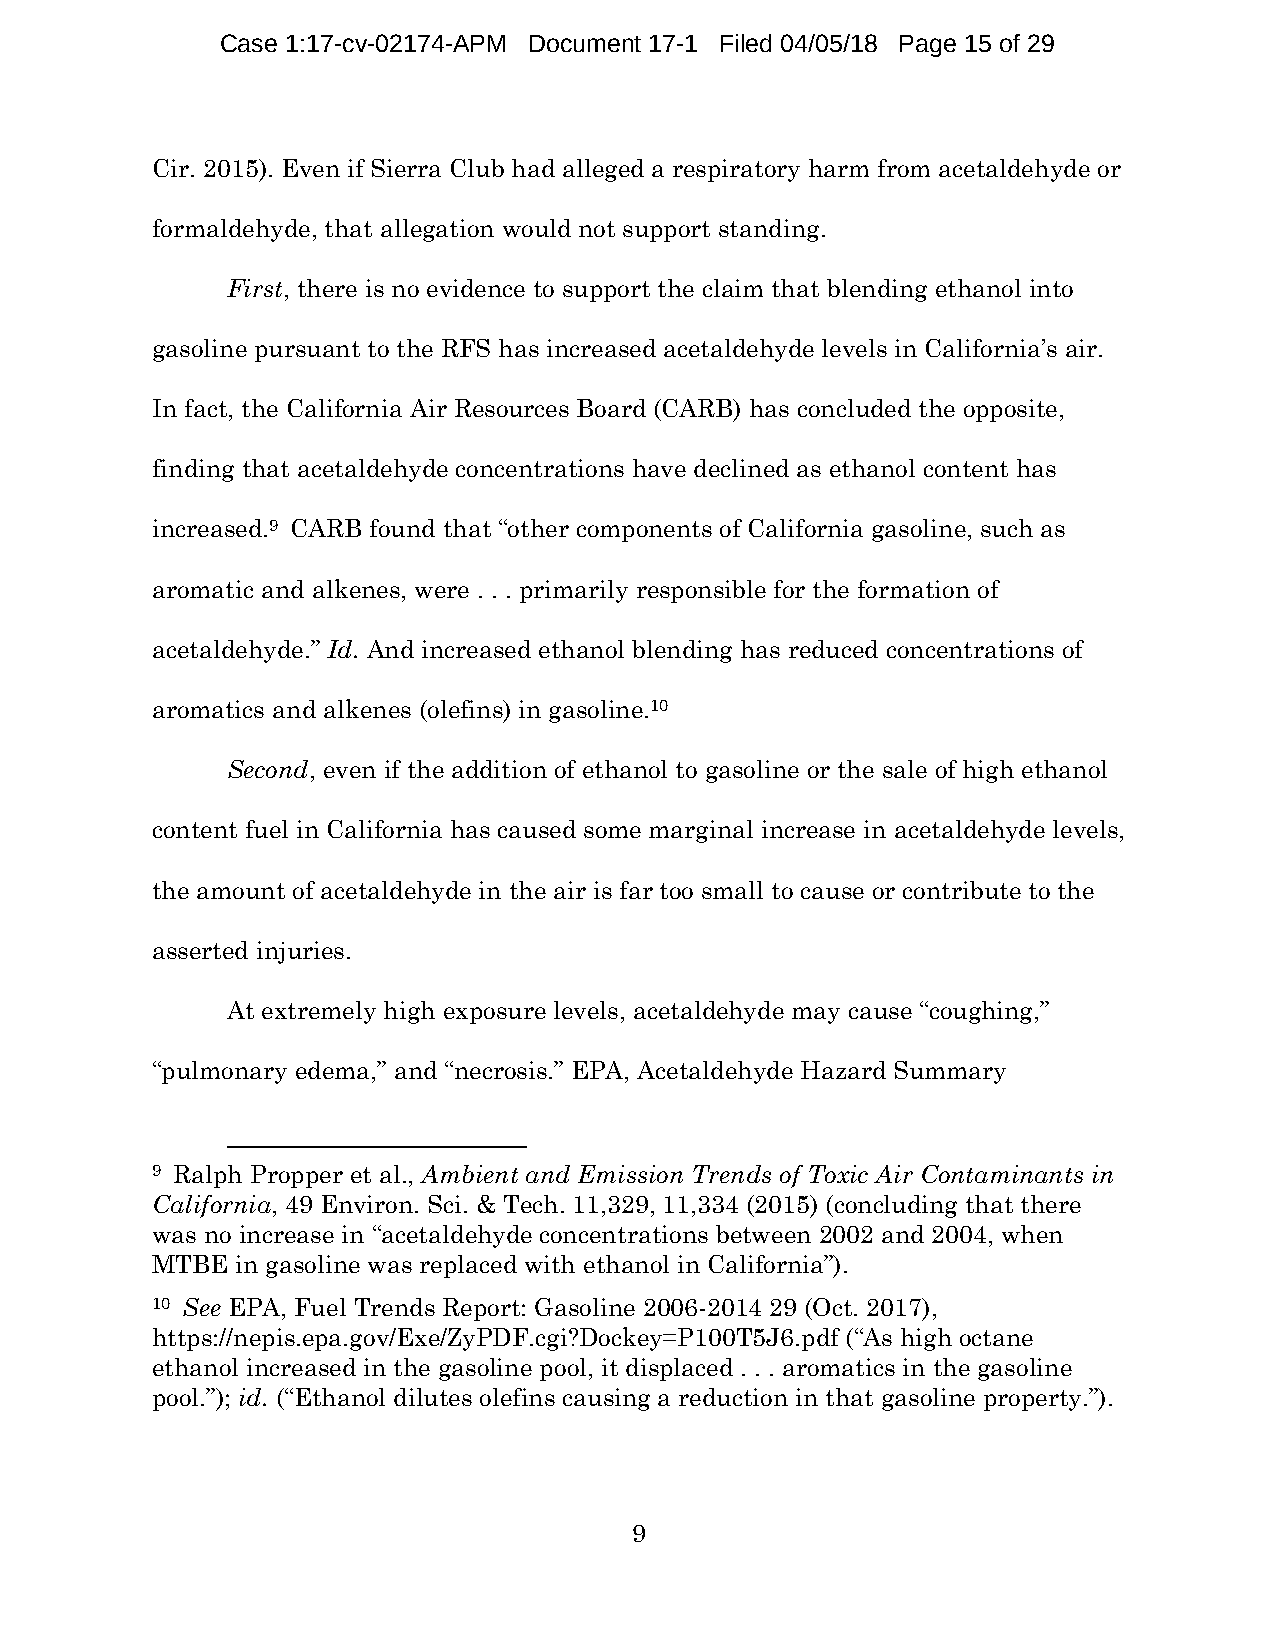
Case 1:17-cv-02174-APM Document 17-1 Filed 04/05/18 Page 15 of 29
 Cir. 2015). Even if Sierra Club had alleged a respiratory harm from acetaldehyde or
 formaldehyde, that allegation would not support standing.
 First, there is no evidence to support the claim that blending ethanol into
 gasoline pursuant to the RFS has increased acetaldehyde levels in California’s air.
 In fact, the California Air Resources Board (CARB) has concluded the opposite,
 finding that acetaldehyde concentrations have declined as ethanol content has
 increased.9 CARB found that “other components of California gasoline, such as
 aromatic and alkenes, were . . . primarily responsible for the formation of
 acetaldehyde.” Id. And increased ethanol blending has reduced concentrations of
 aromatics and alkenes (olefins) in gasoline.10
 Second, even if the addition of ethanol to gasoline or the sale of high ethanol
 content fuel in California has caused some marginal increase in acetaldehyde levels,
 the amount of acetaldehyde in the air is far too small to cause or contribute to the
 asserted injuries.
 At extremely high exposure levels, acetaldehyde may cause “coughing,”
 “pulmonary edema,” and “necrosis.” EPA, Acetaldehyde Hazard Summary
 9 Ralph Propper et al., Ambient and Emission Trends of Toxic Air Contaminants in
 California, 49 Environ. Sci. & Tech. 11,329, 11,334 (2015) (concluding that there
 was no increase in “acetaldehyde concentrations between 2002 and 2004, when
 MTBE  in gasoline was replaced with ethanol in California”).
 10 See EPA, Fuel Trends Report: Gasoline 2006-2014 29 (Oct. 2017),
 https://nepis.epa.gov/Exe/ZyPDF.cgi?Dockey=P100T5J6.pdf (“As high octane
 ethanol increased in the gasoline pool, it displaced . . . aromatics in the gasoline
 pool.”); id. (“Ethanol dilutes olefins causing a reduction in that gasoline property.”).
 9